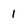
Character: 1